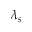
\lambda _ { s }